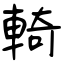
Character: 輢